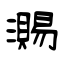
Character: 瀃